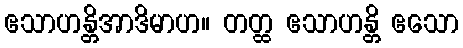
ဧသာဟန္တိအာဒိမာဟ။ တတ္ထ ဧသာဟန္တိ ဧသော